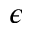
\epsilon